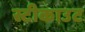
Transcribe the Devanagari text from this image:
स्टीकाउट